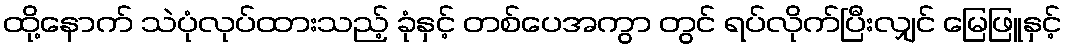
ထို့နောက် သဲပုံလုပ်ထားသည့် ခုံနှင့် တစ်ပေအကွာ တွင် ရပ်လိုက်ပြီးလျှင် မြေဖြူနှင့်